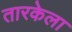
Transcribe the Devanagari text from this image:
तारकेला